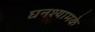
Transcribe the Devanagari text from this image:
घनश्यामके